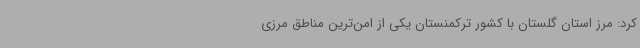
کرد: مرز استان گلستان با کشور ترکمنستان یکی از امن‌ترین مناطق مرزی